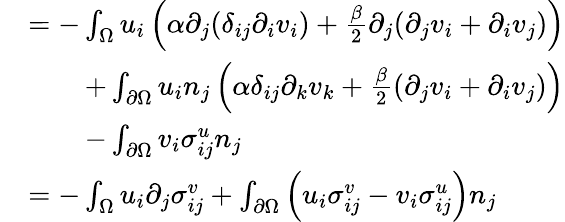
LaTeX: \begin{array}{rl}&{=-\int_{\Omega}u_{i}\left(\alpha\partial_{j}(\delta_{ij}\partial_{i}v_{i})+\frac{\beta}{2}\partial_{j}(\partial_{j}v_{i}+\partial_{i}v_{j})\right)}\\ &{\quad\quad+\int_{\partial\Omega}u_{i}n_{j}\left(\alpha\delta_{ij}\partial_{k}v_{k}+\frac{\beta}{2}(\partial_{j}v_{i}+\partial_{i}v_{j})\right)}\\ &{\quad\quad-\int_{\partial\Omega}v_{i}\sigma_{ij}^{u}n_{j}}\\ &{=-\int_{\Omega}u_{i}\partial_{j}\sigma_{ij}^{v}+\int_{\partial\Omega}\left(u_{i}\sigma_{ij}^{v}-v_{i}\sigma_{ij}^{u}\right)n_{j}}\end{array}